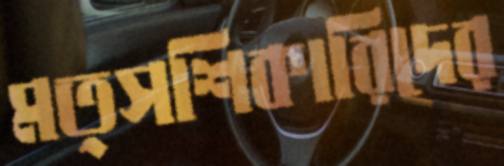
মত্সশিকারিদের